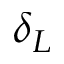
\delta _ { L }